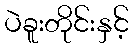
ပဲခူးတိုင်းနှင့်